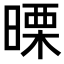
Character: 𭧅